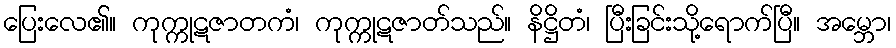
ပြေးလေ၏။ ကုက္ကုဋဇာတကံ၊ ကုက္ကုဋဇာတ်သည်။ နိဋ္ဌိတံ၊ ပြီးခြင်းသို့ရောက်ပြီ။ အမ္ဘော၊